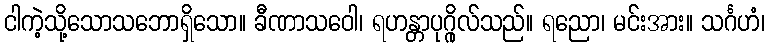
ငါကဲ့သို့သောသဘောရှိသော။ ခီဏာသဝေါ၊ ရဟန္တာပုဂ္ဂိုလ်သည်။ ရညော၊ မင်းအား။ သင်္ဂဟံ၊